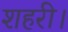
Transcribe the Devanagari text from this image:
शहरी।